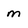
Character: m